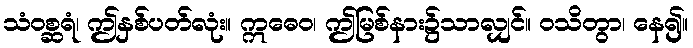
သံဝစ္ဆရံ၊ ဤနှစ်ပတ်လုံး။ ဣဓေဝ၊ ဤမြစ်နား၌သာလျှင်။ ဝသိတွာ၊ နေ၍။